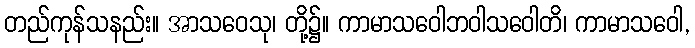
တည်ကုန်သနည်း။ အာသဝေသု၊ တို့၌။ ကာမာသဝေါဘဝါသဝေါတိ၊ ကာမာသဝေါ,